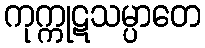
ကုက္ကုဋသမ္ပာတေ